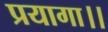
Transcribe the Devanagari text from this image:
प्रयागा।।